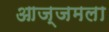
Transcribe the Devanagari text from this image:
आज्जमला